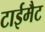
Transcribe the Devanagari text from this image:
टाईमैट